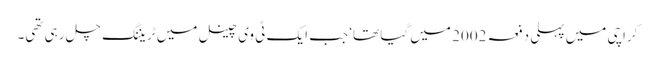
کراچی میں پہلی دفعہ 2002 میں گیا تھا‘ جب ایک ٹی وی چینل میں ٹریننگ چل رہی تھی۔